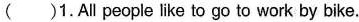
( )1.All people like to go to work by bike.boat. ( )5.The writer thinks some people will go to work by plane if necessary.